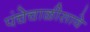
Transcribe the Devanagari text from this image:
पंचेचाळीसावे